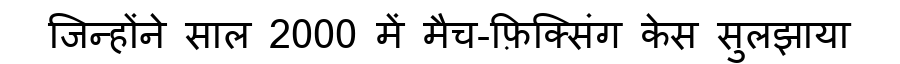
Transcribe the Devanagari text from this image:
जिन्होंने साल 2000 में मैच-फ़िक्सिंग केस सुलझाया